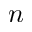
n